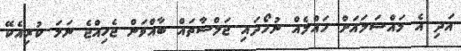
އަދި އެ މައްސަލައަށް ހައްލެއް ނުހޯދައި ޖަލްސާތައް ބާއްވަން ޖެހިއްޖެ ނަމަ ކުރިއެކޭ